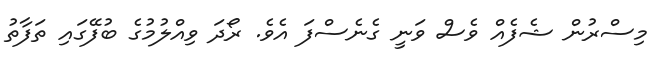
މިސްރުން ޝެފެއް ވެސް ވަނީ ގެނެސްފަ އެވެ. ރޯދަ ވިއްލުމުގެ ބުފޭގައި ތަފާތު